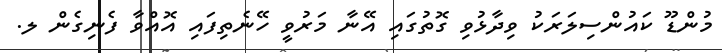
މުންޑޫ ކައުންސިލަރަކު ވިދާޅުވި ގޮތުގައި އޭނާ މަރުވީ ހޭނެތިފައި އޮއްވާ ފެނިގެން ލ.